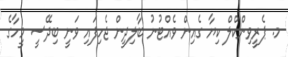
މ. ޕެރީވިންކްލް ކިޔާ ގެއިން ވެއްޓުނު ބާލިދީން ޖެހިފައި ވަނީ ބިދޭސީ މީހާގެ